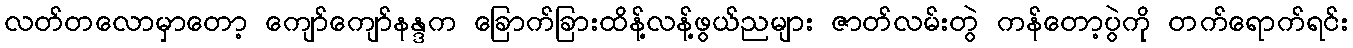
လတ်တလောမှာတော့ ကျော်ကျော်နန္ဒက ခြောက်ခြားထိန့်လန့်ဖွယ်ညများ ဇာတ်လမ်းတွဲ ကန်တော့ပွဲကို တက်ရောက်ရင်း